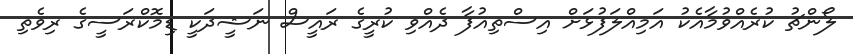
ލޯންޗު ކުރެއްވުމާއެކު އަމިއްލަފުޅަށް އިސްތިއުފާ ދެއްވި ކުރީގެ ރައީސް ނަޝީދަކީ ޑިމޮކްރަސީގެ ރިވެތި